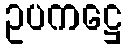
ဥပကဋ္ဌေ